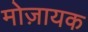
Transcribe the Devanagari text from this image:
मोज़ायक